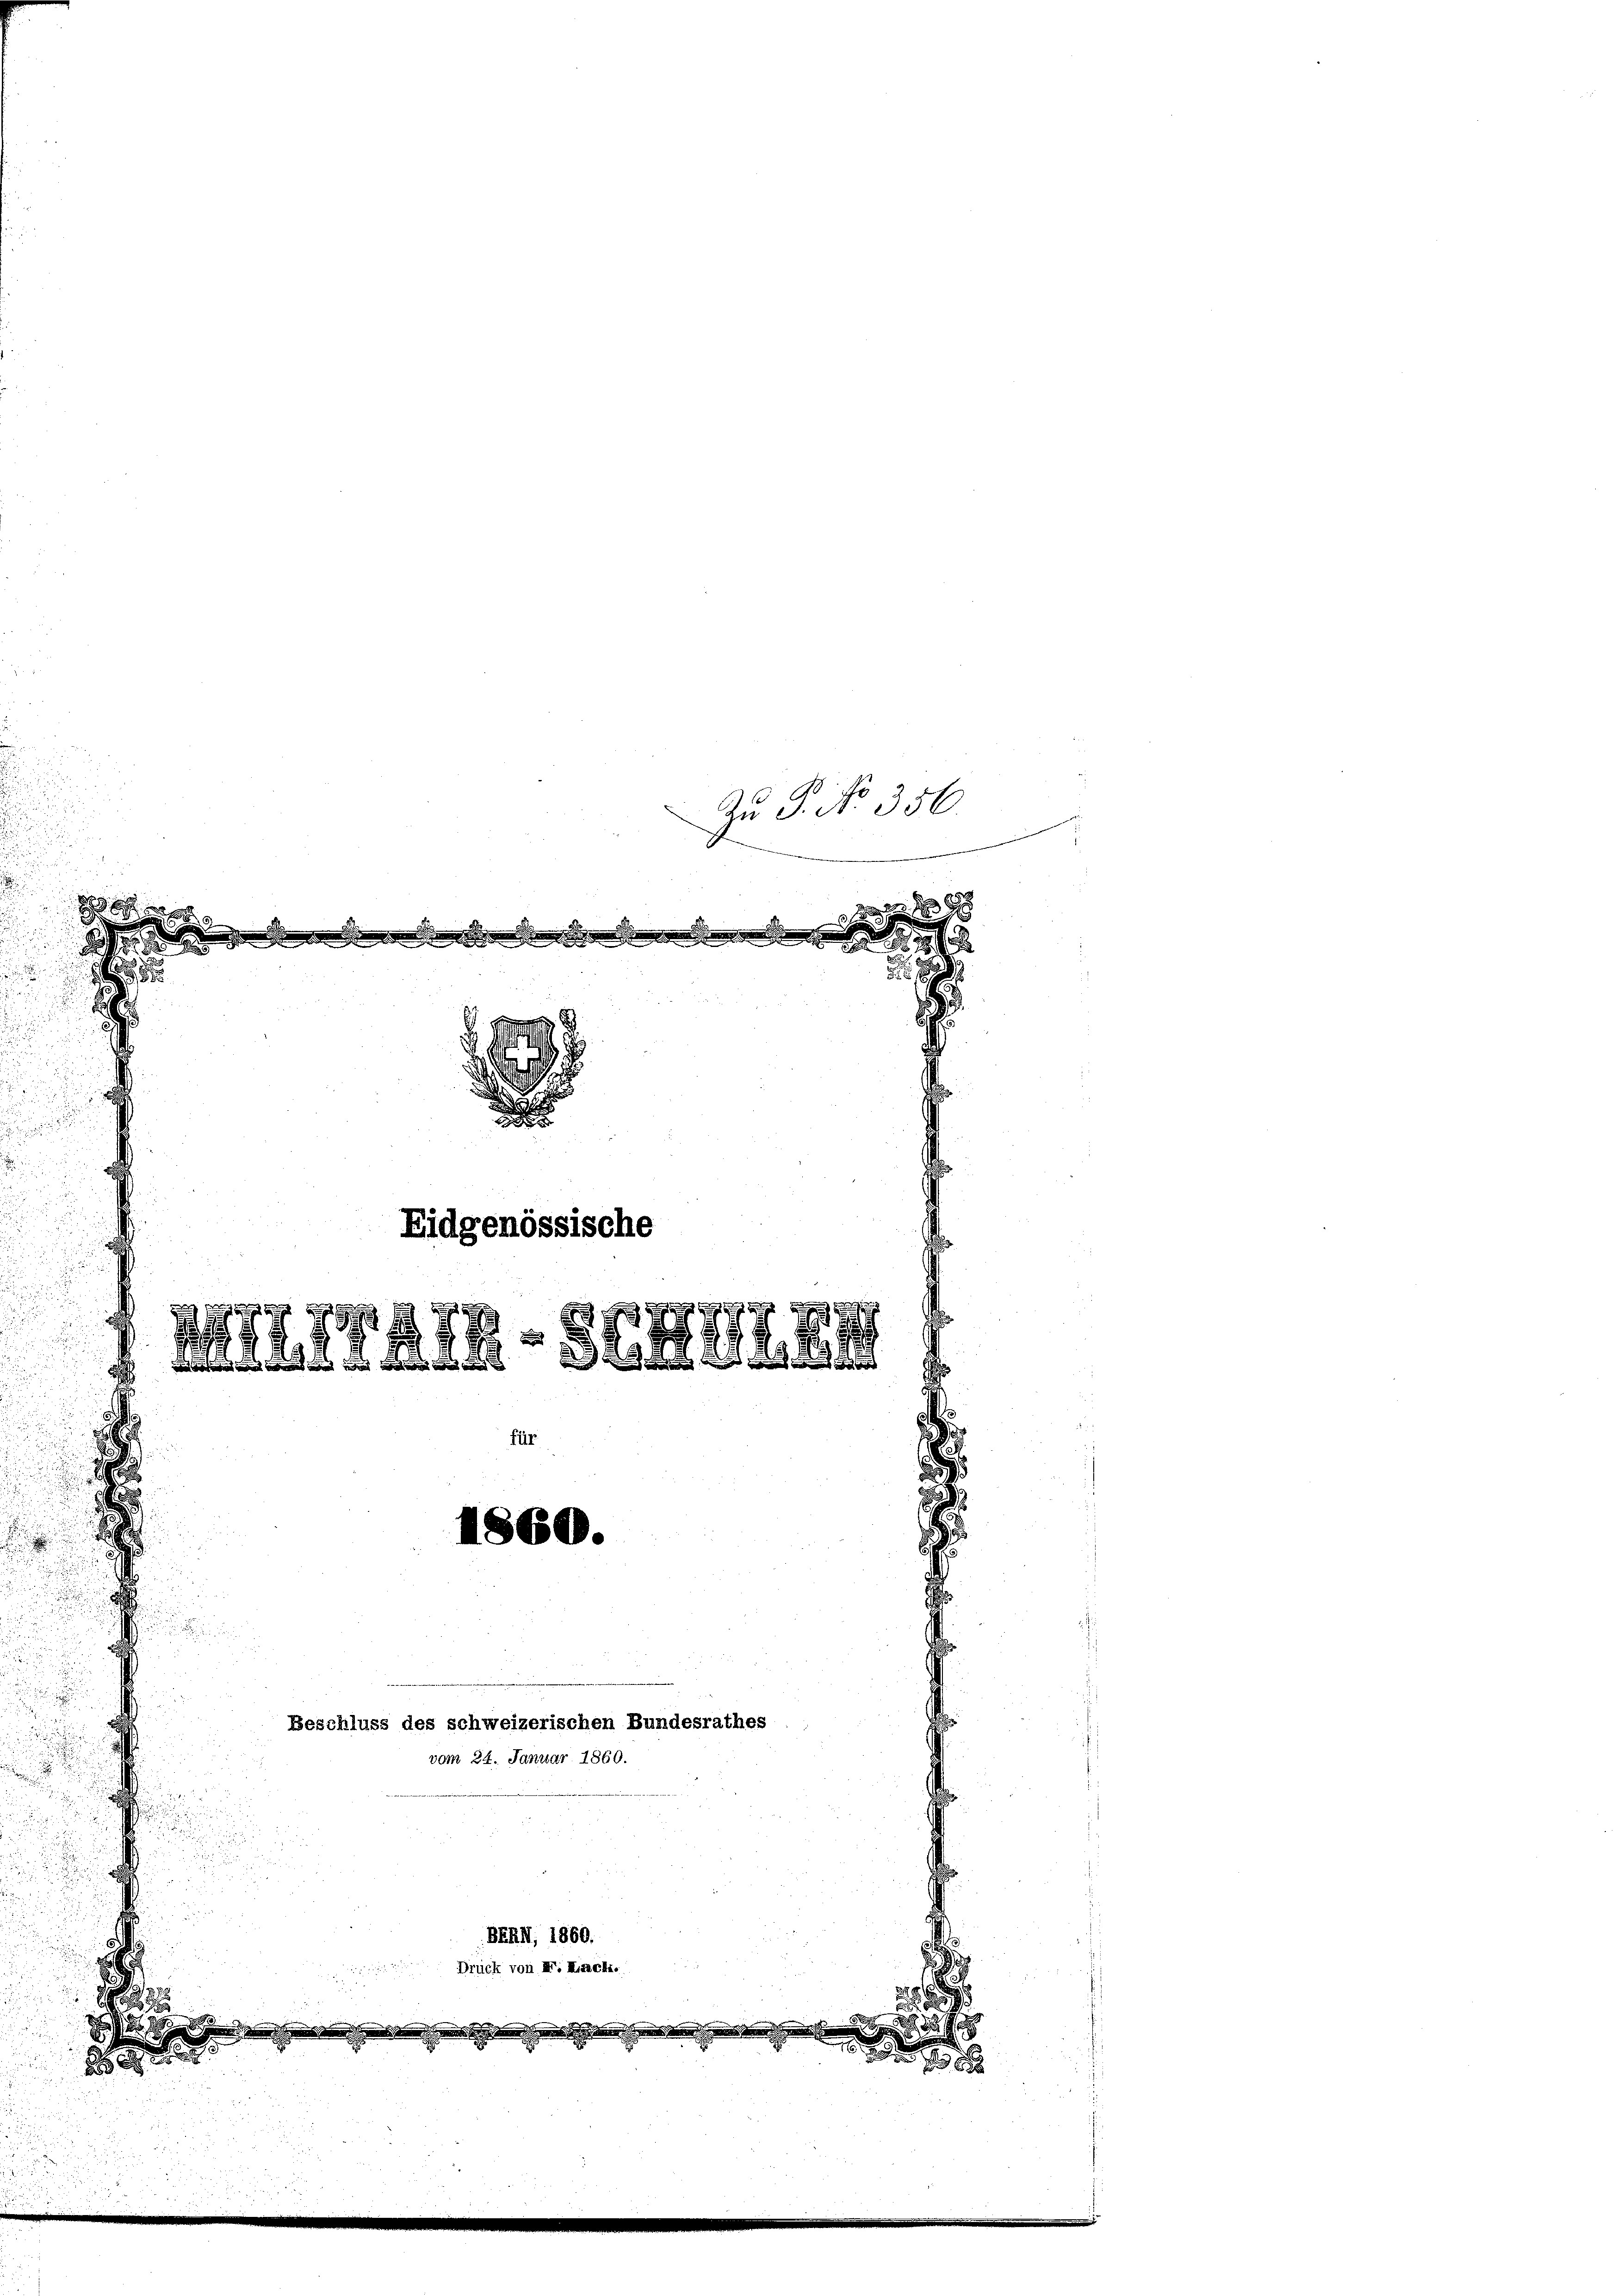
d

.
h

u

n

1
ih den sei den den

d

A

Eidgenössische

¬
hnung sich in ich
und Sichen sich bei der Zürich
für
1860.

n

vom 24. Januar 1860.
3
n

BERHI, 1860.
.

Drück von I. Kirch.

1

Beschluss des schweizerischen Bundesrathes

Zu P. No 356.

2